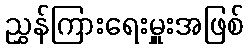
ညွှန်ကြားရေးမှူးအဖြစ်